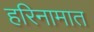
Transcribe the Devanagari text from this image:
हरिनामात